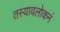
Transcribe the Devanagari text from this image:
तस्यावलोकनं